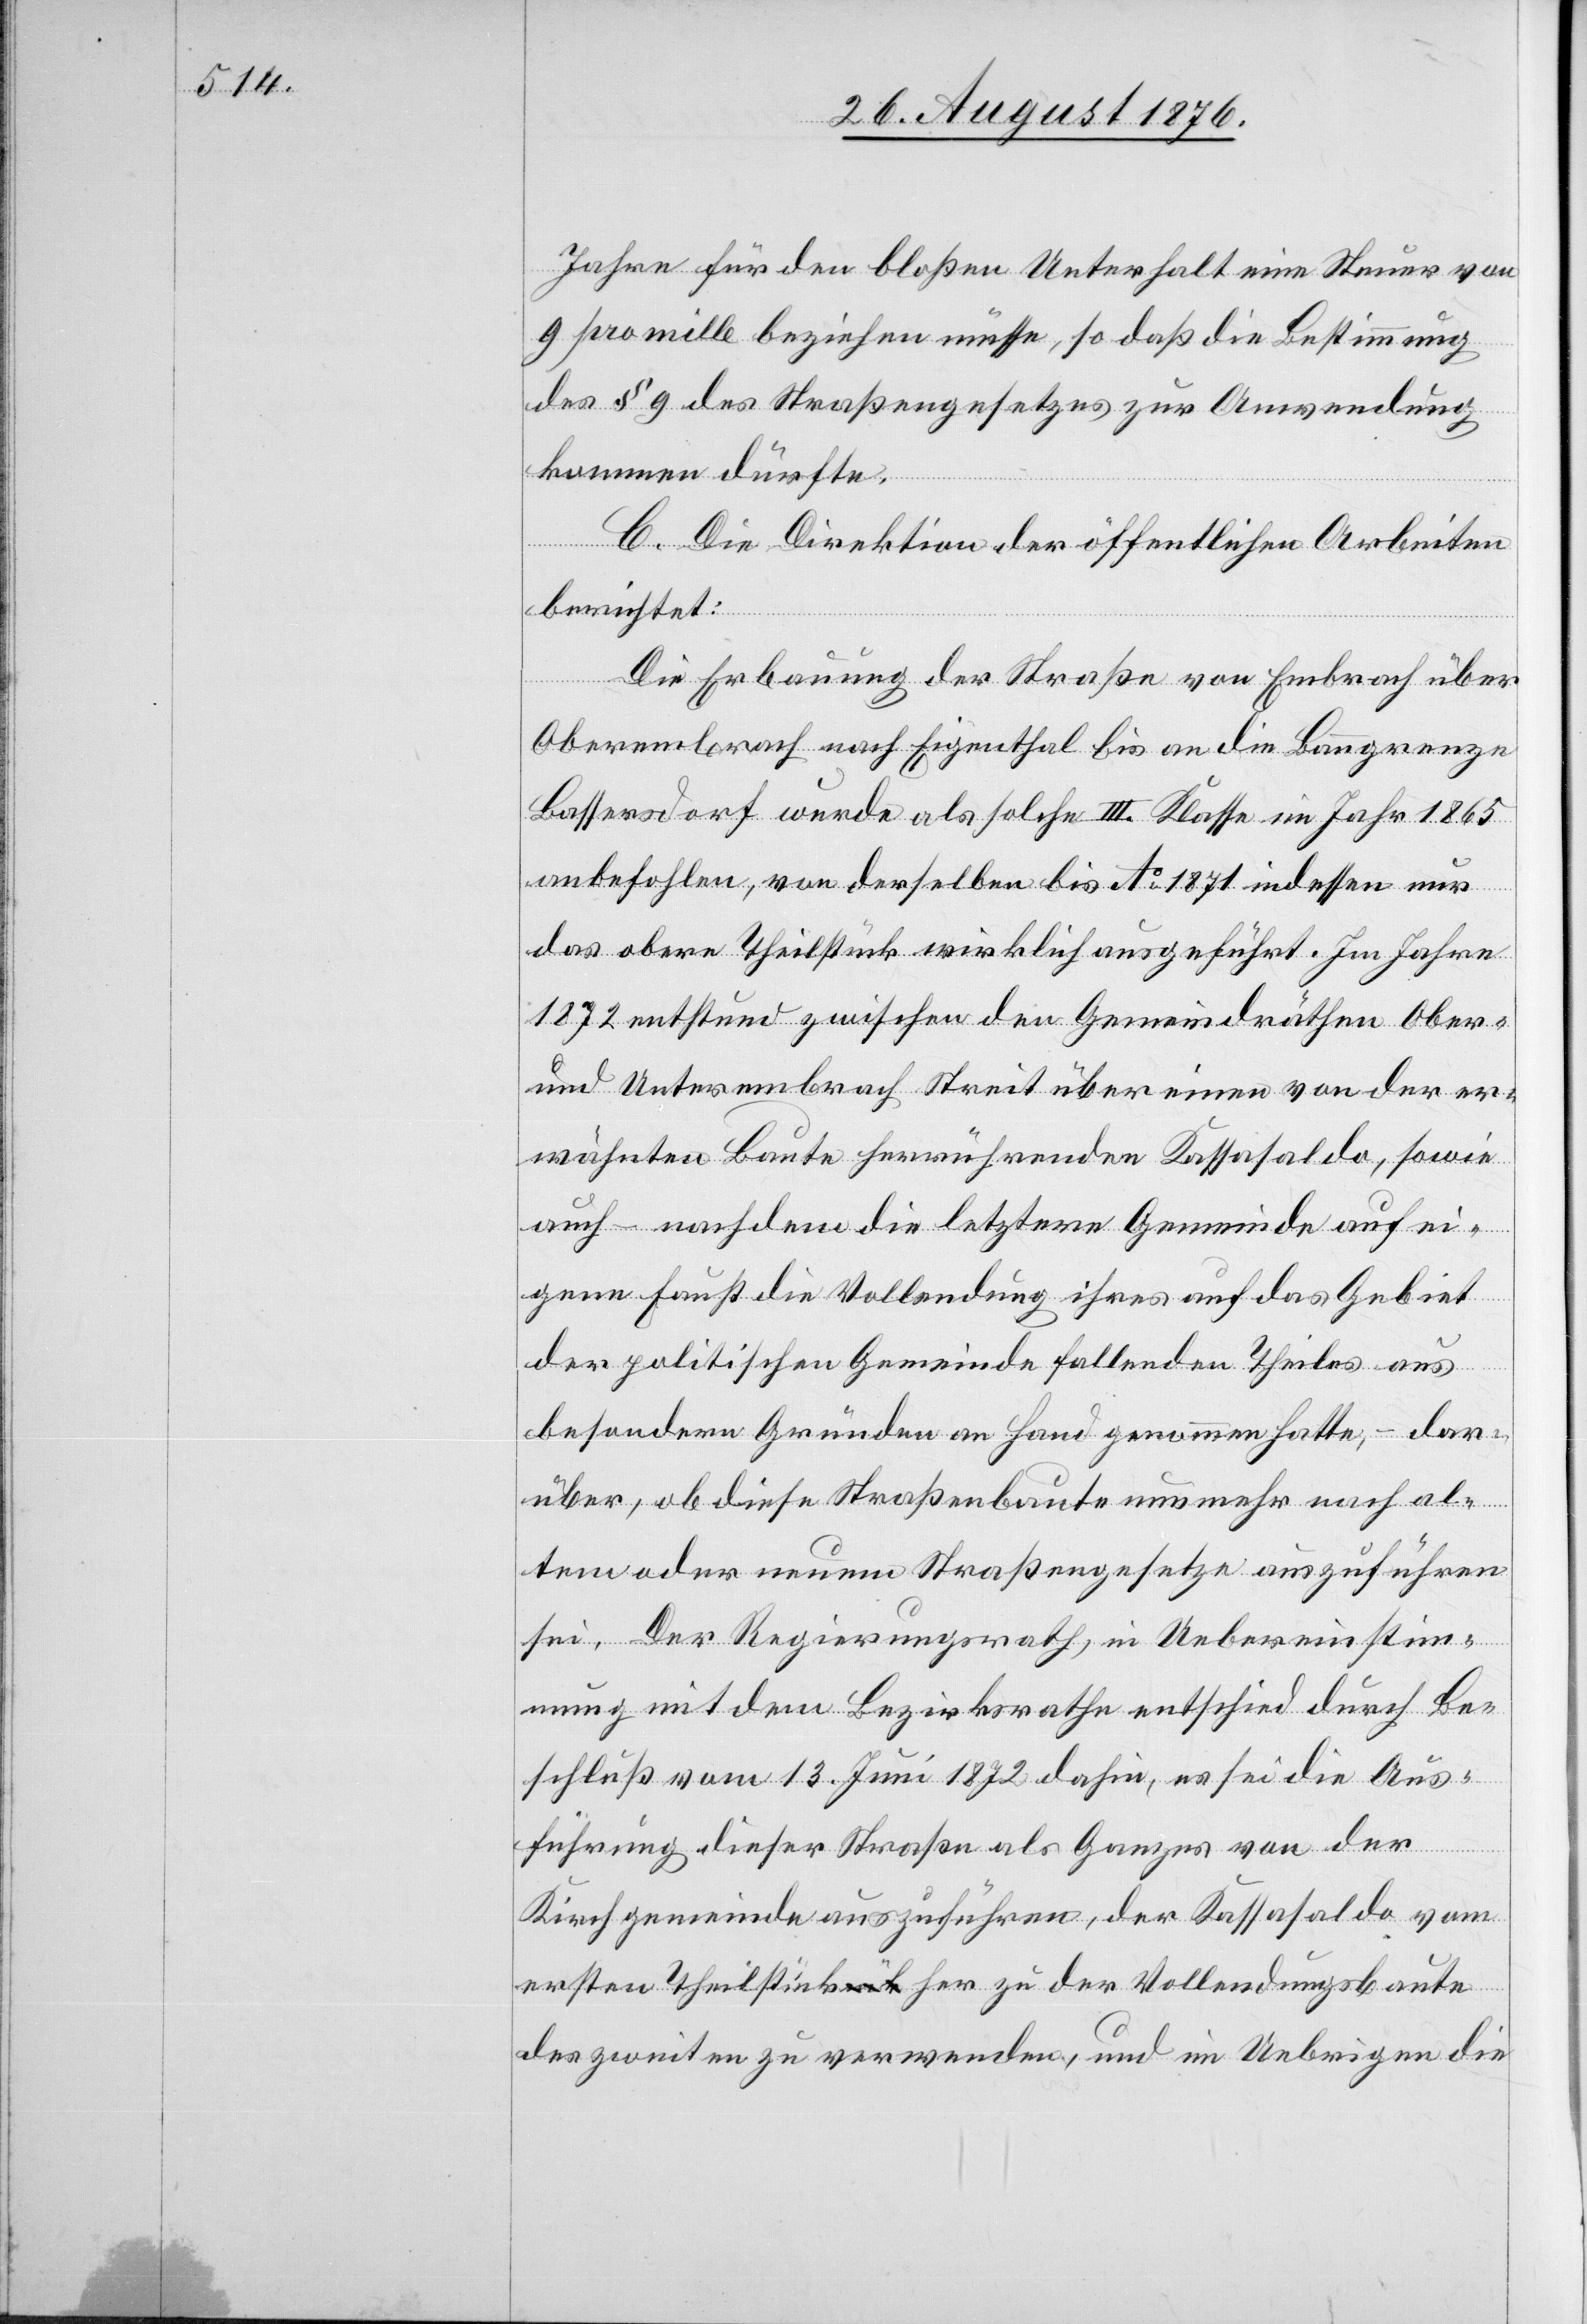
Jahre für den bloßen Unterhalt eine Steuer von
9 pro mille beziehen müsse, so daß die Bestimmung
des § 9 des Straßengesetzes zur Anwendung
kommen dürfte.
C. Die Direktion der öffentlichen Arbeiten
berichtet:
Die Erbauung der Straße von Embrach über
Oberembrach nach Eigenthal bis an die Baugrenze
Bassersdorf wurde als solche III. Klasse im Jahr 1865
anbefohlen, von derselben bis Ao 1871 indessen nur
das obere Theilstück wirklich ausgeführt. Im Jahre
1872 entstand zwischen den Gemeindräthen Ober-
und Unterembrach Streit über einen von der er¬
wähnten Baute herrührenden Kassasaldo, sowie
auch – nachdem die letztere Gemeinde auf ei¬
gene Faust die Vollendung ihres auf das Gebiet
der politischen Gemeinde fallenden Theiles aus
besondern Gründen an Hand genommen hatte, – dar¬
über, ob diese Straßenbaute nunmehr nach al¬
tem oder neuem Straßengesetze auszuführen
sei. Der Regierungsrath, in Uebereinstim¬
mung mit dem Bezirksrathe entschied durch Be¬
schluß vom 13. Juni 1872 dahin, es sei die Aus¬
führung dieser Straße als Ganzes von der
Kirchgemeinde auszuführen, der Kassasaldo vom
ersten Theilstück her zu der Vollendungsbaute
des zweiten zu verwenden, und im Uebrigen die